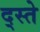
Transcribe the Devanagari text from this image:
द्स्ते